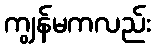
ကျွန်မကလည်း